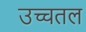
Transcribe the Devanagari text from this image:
उच्चतल